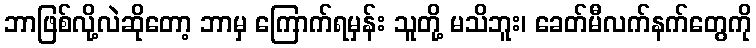
ဘာဖြစ်လို့လဲဆိုတော့ ဘာမှ ကြောက်ရမှန်း သူတို့ မသိဘူး၊ ခေတ်မီလက်နက်တွေကို